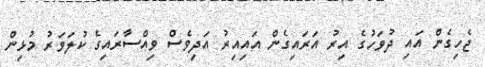
ޖެހިގެން އައި ދުވަހުގެ އިރު އަރައިގެން އައިއިރު އަދިވެސް ވިއްސާރައިގެ ކުލަވަރު މުޅިން